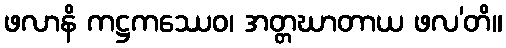
ဖလာနိ ကဋ္ဌကဿေဝ၊ အတ္တဃာတာယ ဖလ’တိ။